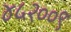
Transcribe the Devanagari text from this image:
४५२००९